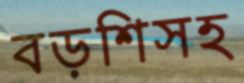
বড়শিসহ